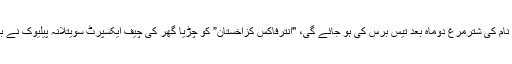
لادا نام کی شترمرغ دوماہ بعد تیس برس کی ہو جائے گی، "انترفاکس کزاخستان” کو چڑیا گھر کی چیف ایکسپرٹ سویتلانہ پیلیوک نے بتایا۔